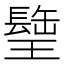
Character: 𤪈